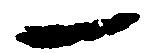
一